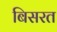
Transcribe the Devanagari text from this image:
बिसरत